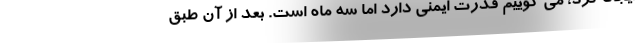
ایجاد کرد، می گوییم قدرت ایمنی دارد اما سه ماه است. بعد از آن طبق